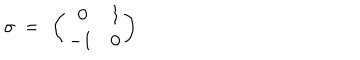
\sigma ~ = ~ \left( \begin{matrix} { { ~ 0 } } & { { 1 } } \\ { { - 1 } } & { { 0 } } \\ \end{matrix} \right)